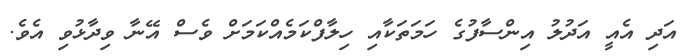
އަދި އެއީ އަދުލު އިންސާފުގެ ހަމަތަކާއި ހިލާފްކަމެއްކަމަށް ވެސް އޭނާ ވިދާޅުވި އެވެ.